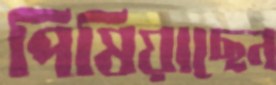
পিষিয়াছেন